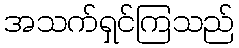
အသက်ရှင်ကြသည်